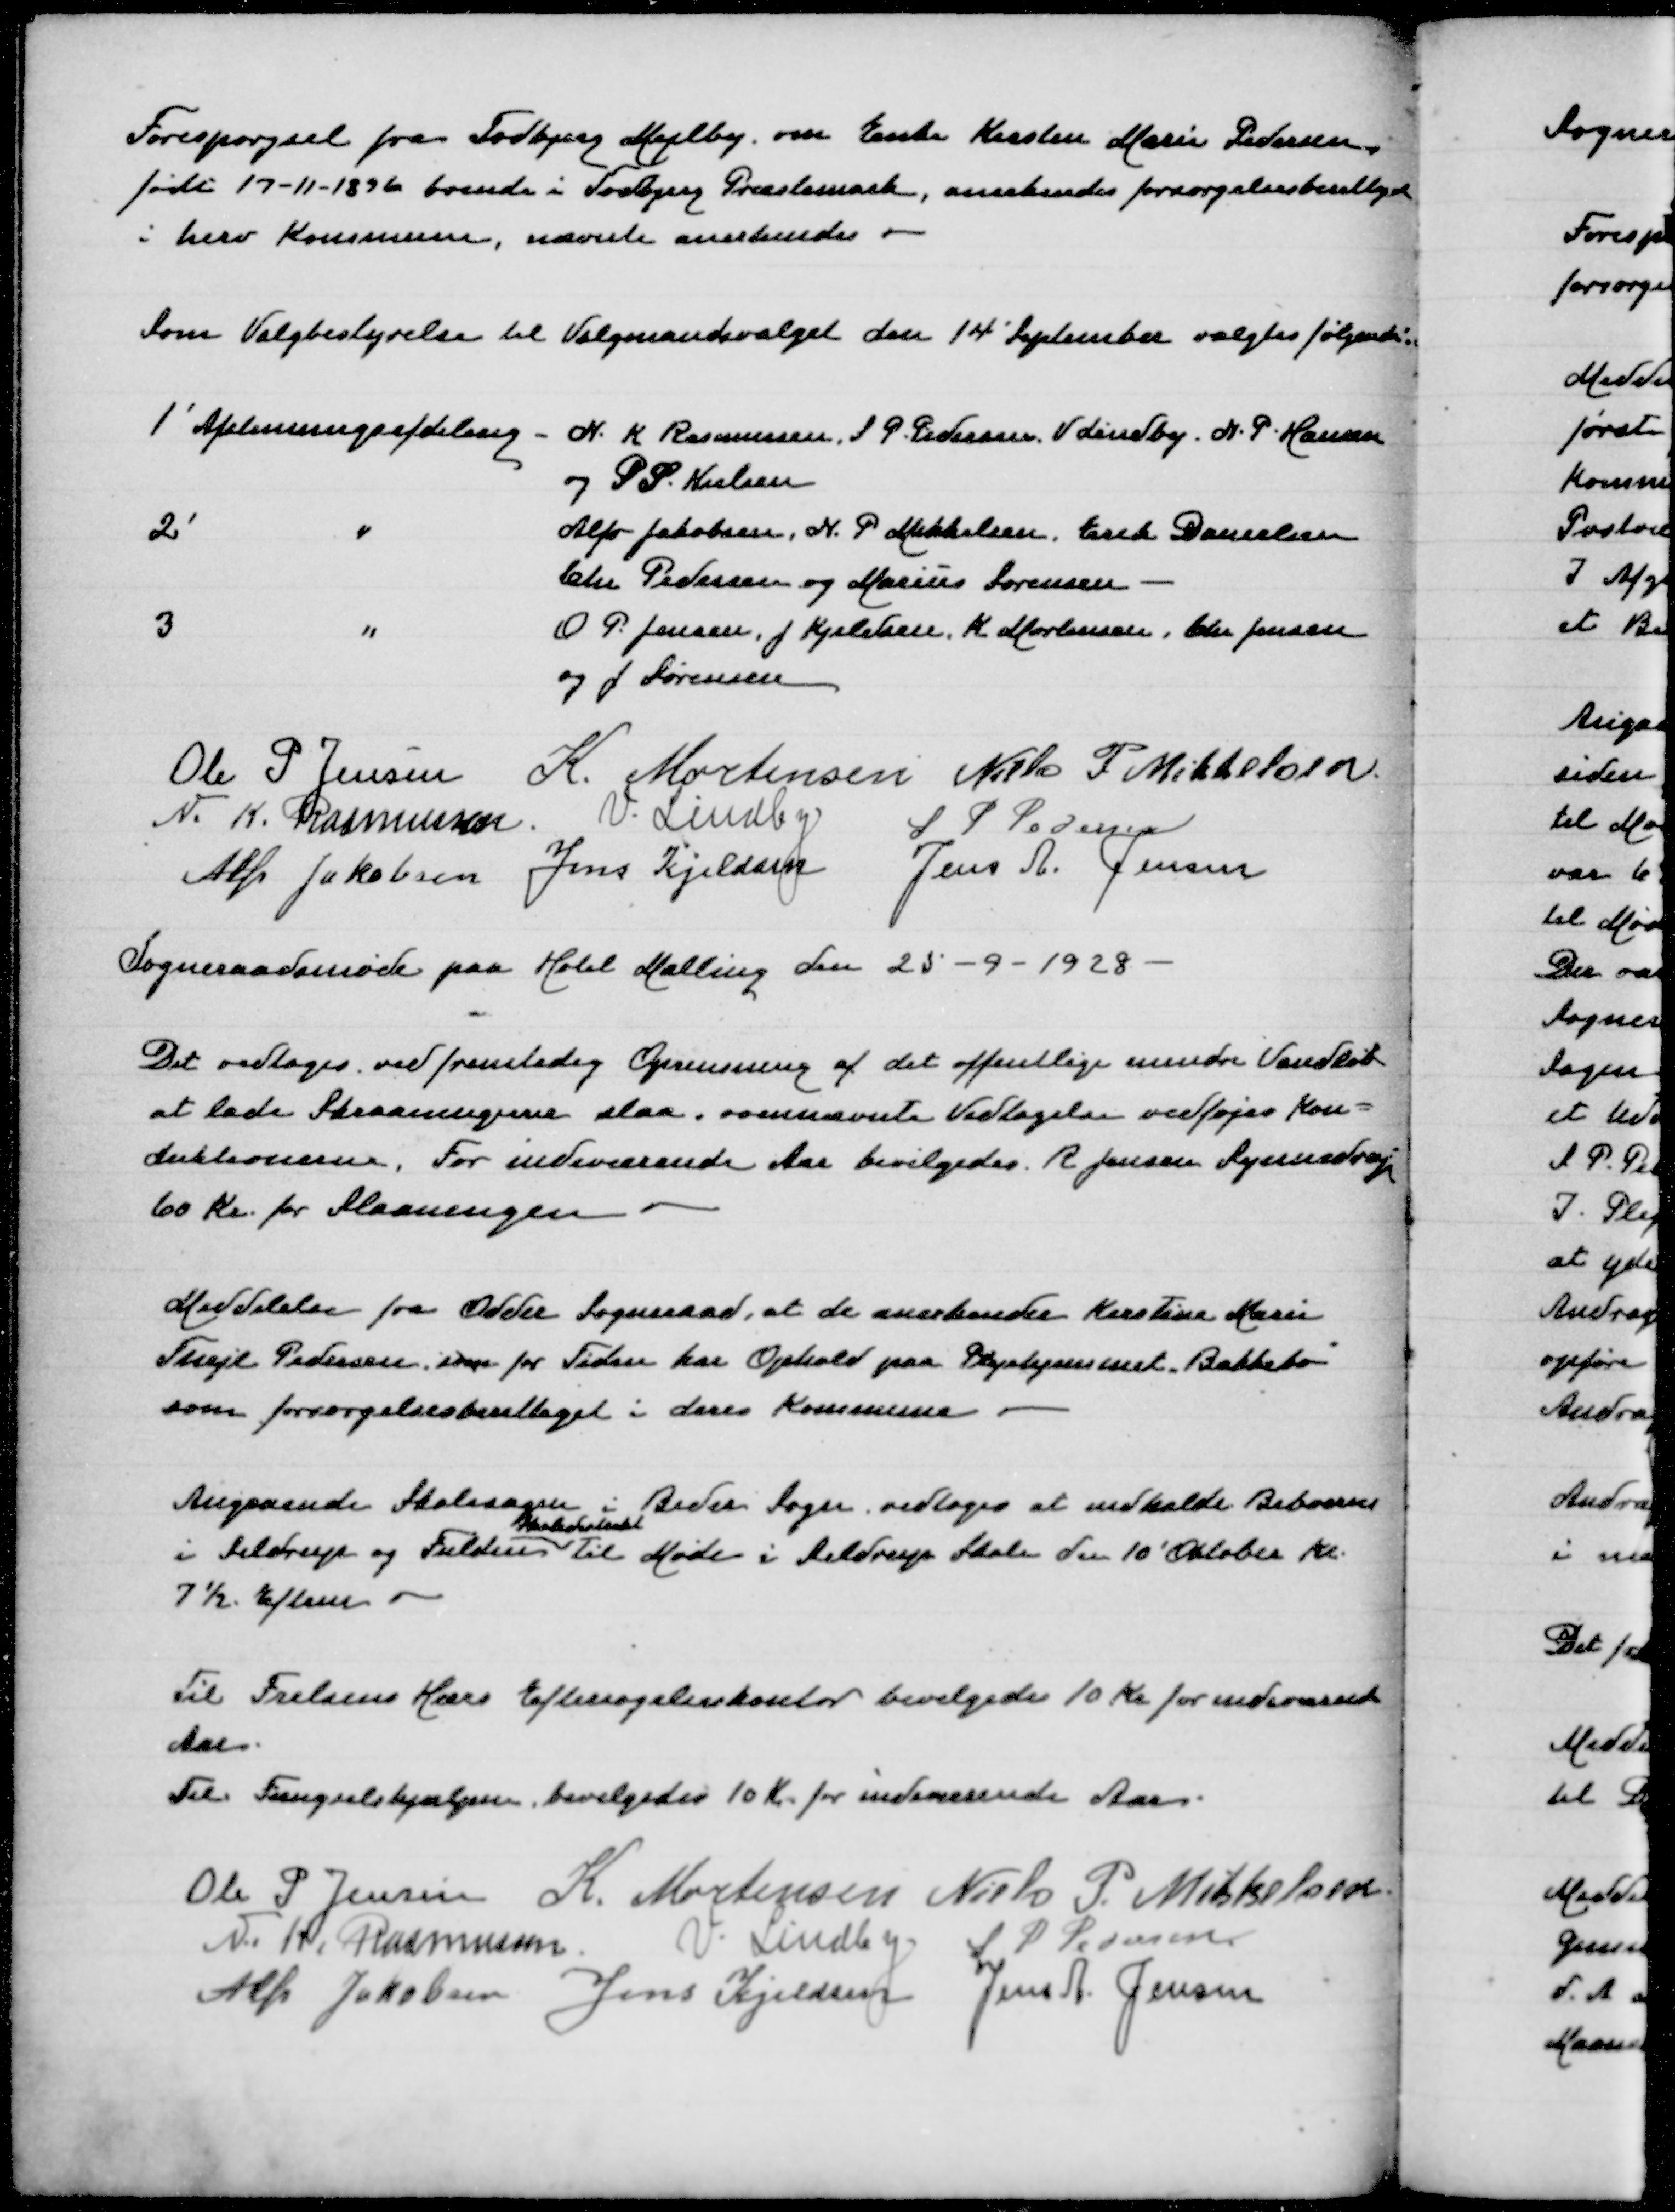
Transskription:
Forespørgsel fra Todbjerg Mejlby, om Erika Kirsten Marie Pedersen
født 17-11-1896 boende i Todbjerg Præstemark, anerkendes forsørgelsesberettiget
i herv Kommune, nævnte anerkendes

Som Valgbestyrelse til Valgmandsvalget den 14' September valgtes følgende:

1' Afstemningsafdeling - N K Rasmussen, S P Pedersen, N P Hansen
og P S Nielsen
2' " Alfr Jakobsen, N P Mikkelsen, Erik Danielsen
Chr Pedersen og Marius Sørensen
3 " O P Jensen, J Kjeldsen, K Mortensen, Chr Jensen
og J Sørensen

Ole P Jensen
K Mortensen
Niels P Mikkelsen
N K Rasmussen
V Lindby
S P Pedersen
Alfr Jakobsen
Jens Kjeldsen
Jens A Jensen

Sogneraadsmøde paa Hotel Malling den 25-9-1928

Det vedtoges ved fremtidig Oprensning af det offentlige mindre Vandløb
at lade Skraaningerne slaa, ovennævnte Vedtagelse vedføjes Kon=
duktionerne, For indeværende Aar bevilgedes R Jensen Synndrup
60 Kr for Slaaningen

Meddelelse fra Odder Sogneraad, at de anerkender Kirstine Marie
Thejl Pedersen som for Tiden har Ophold paa Plejehjemmet "Bakkebo"
som forsørgelsesberettiget i deres Kommune

Angaaende Skolesagen i Beder Sogn vedtoges at indkalde Beboerne
Skoledistrikt
i Seldrup og Fulden til Møde i Seldrup Skole den 10' Oktober kl
7½ Efterm

Til Frelsens Hærs Eftersøgelseskontor bevilgedes 10 Kr for indeværense
Aar
Til Fængselshjælpen bevilgedes 10 Kr for indeværende Aar

Ole P Jensen
K Mortensen
Niels P Mikkelsen
N K Rasmussen
V Lindby
S P Pedersen
Alfr Jakobsen
Jens Kjeldsen
Jens A Jensen